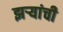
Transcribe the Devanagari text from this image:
झऱ्यांची